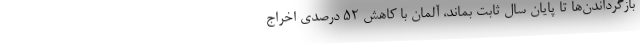
بازگرداندن‌ها تا پایان سال ثابت بماند، آلمان با کاهش 52 درصدی اخراج